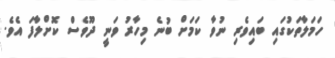
ހަމަލާތަކުގައި ބައިވެރި ނުވާ ކަމަށް ބުނެ މިހާރު ވަނީ ދޫވެސް ކޮށްލާފަ އެވެ.